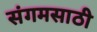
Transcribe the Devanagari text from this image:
संगमसाठी